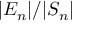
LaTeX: | E _ { n } | / | S _ { n } |